Document type: Emphyteutic lease
Year: 1283
Scribe: Pere Marquès
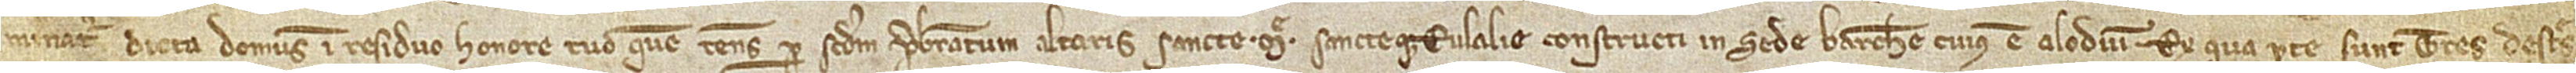
minatur dicta domus in residuo honore tuo quem tenes per secundum presbiteratum altaris Sancte Marie Sancteque Eulalie constructi in Sede Barchinone, cuius est alodium, ex qua parte sunt tres destres